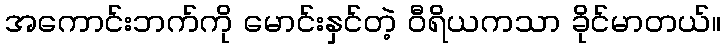
အကောင်းဘက်ကို မောင်းနှင်တဲ့ ဝီရိယကသာ ခိုင်မာတယ်။